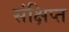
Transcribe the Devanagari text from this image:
संक्षिप्‍त